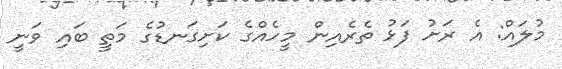
މުލައް: އެ ރަށު ފަޅު ތެރެއިން މީހެއްގެ ކަށިގަނޑުގެ މަތީ ބައި ވަނީ